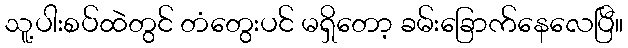
သူ့ပါးစပ်ထဲတွင် တံတွေးပင် မရှိတော့ ခမ်းခြောက်နေလေပြီ။